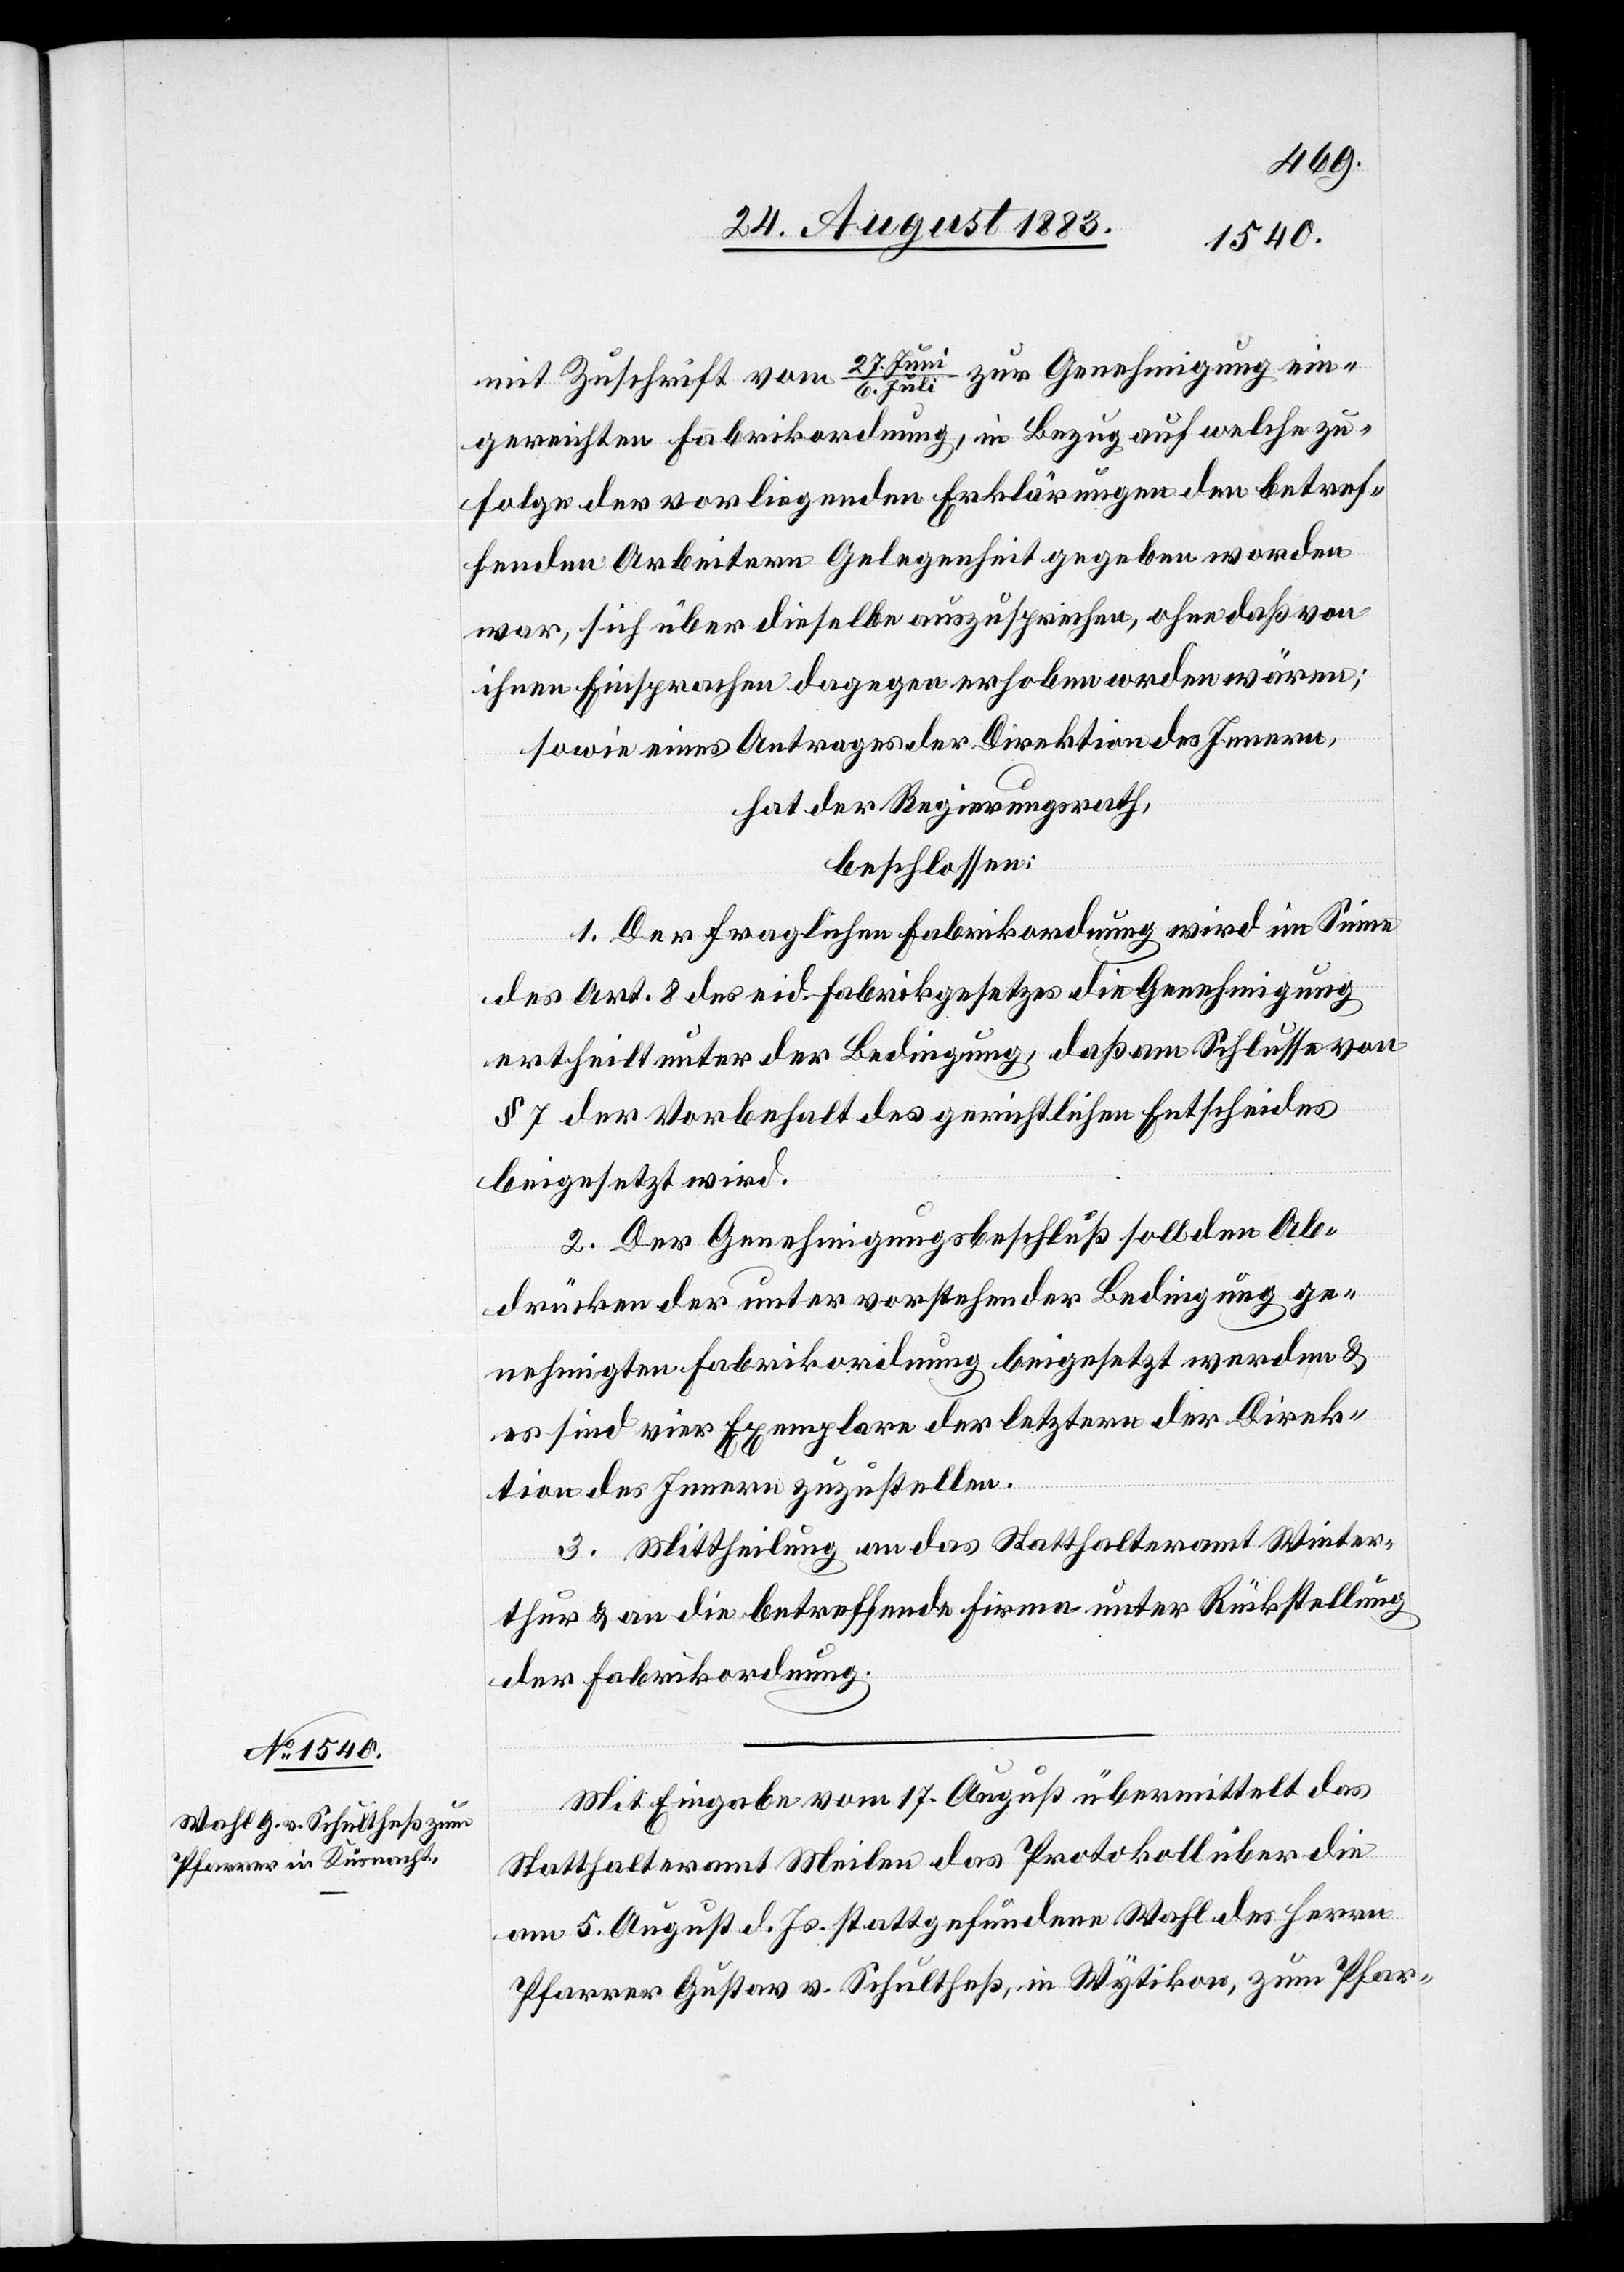
Juli zur Genehmigung ein¬
mit Zuschrift vom 27. Juni/6.
gereichten Fabrikordnung, in Bezug auf welche zu¬
folge der vorliegenden Erklärungen den betref¬
fenden Arbeitern Gelegenheit gegeben worden
war, sich über dieselbe auszusprechen, ohne daß von
ihnen Einsprachen dagegen erhoben worden wären;
sowie eines Antrages der Direktion des Innern,
hat der Regierungsrath,
beschlossen:
1. Der fraglichen Fabrikordnung wird im Sinne
des Art. 8 des eid. Fabrikgesetzes die Genehmigung
ertheilt unter der Bedingung, daß am Schlusse von
§ 7 der Vorbehalt des gerichtlichen Entscheides
beigesetzt wird.
2. Der Genehmigungsbeschluß soll den Ab¬
drücken der unter vorstehender Bedingung ge¬
nehmigten Fabrikordnung beigesetzt werden &
es sind vier Exemplare der letztern der Direk¬
tion des Innern zuzustellen.
3. Mittheilung an das Statthalteramt Winter¬
thur & an die betreffende Firma unter Rückstellung
der Fabrikordnung.
Mit Eingabe vom 17. August übermittelt das
Statthalteramt Meilen das Protokoll über die
am 5. August d. Js. stattgefundene Wahl des Herrn
Pfarrer Gustav v. Schultheß, in Wytikon, zum Pfar-